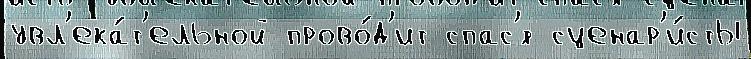
увл'ека́т'ельной прово́д'ит спас'́т сценар'и́сты